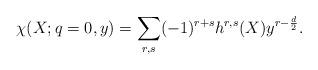
LaTeX: \begin{align*}\chi(X;q=0,y) = \sum_{r,s}(-1)^{r+s}h^{r,s}(X)y^{r-\frac d2}.\end{align*}